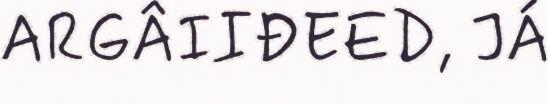
ARGÂIIĐEED, JÁ